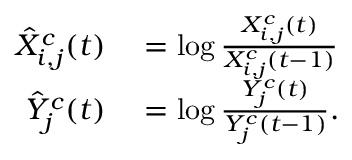
\begin{array} { r l } { \hat { X } _ { i , j } ^ { c } ( t ) } & { { } = \log \frac { X _ { i , j } ^ { c } ( t ) } { X _ { i , j } ^ { c } ( t - 1 ) } } \\ { \hat { Y } _ { j } ^ { c } ( t ) } & { { } = \log \frac { Y _ { j } ^ { c } ( t ) } { Y _ { j } ^ { c } ( t - 1 ) } . } \end{array}